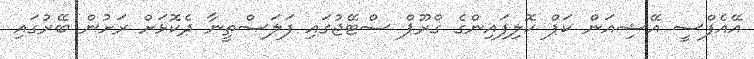
އޭއެފްސީ އޭޝިއަން ކަޕް ކޮލިފައިންގެ ގްރޫޕް ސްޓޭޖުގައި ފަލަސްތީނާ ދެކޮޅަށް ރަށުން ބޭރުގައި